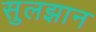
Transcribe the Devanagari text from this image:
सुलझान